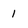
Character: 1